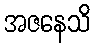
အဇနေသိ